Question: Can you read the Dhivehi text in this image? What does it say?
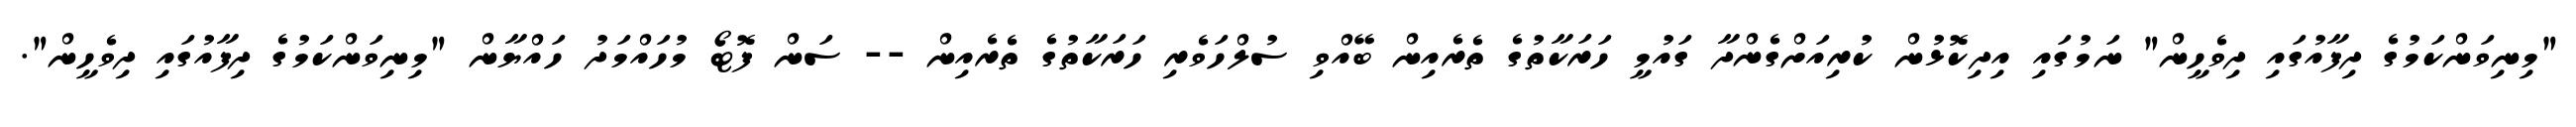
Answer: "މިނިވަންކަމުގެ ދިފާއުގައި ދިވެހީން" ނަމުގައި އިދިކޮޅުން ކުރިއަށްގެންދާ ގައުމީ ހަރަކާތުގެ ތެރެއިން ބޭއްވި ސުލްހަވެރި ހަރަކާތުގެ ތެރެއިން -- ސަން ފޮޓޯ މުހައްމަދު ހައްޔާން "މިނިވަންކަމުގެ ދިފާއުގައި ދިވެހީން".